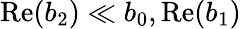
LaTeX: \mathrm{Re}(b_{2})\ll b_{0},\mathrm{Re}(b_{1})